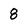
Character: 8